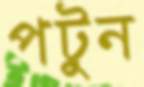
পটুন